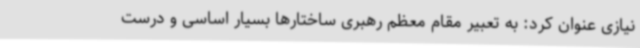
نیازی عنوان کرد: به تعبیر مقام معظم رهبری ساختارها بسیار اساسی و درست